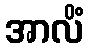
အာလိံ